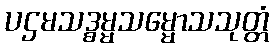
ပဌမသဒ္ဓမ္မသမ္မောသသုတ္တံ